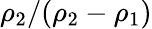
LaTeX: \rho_{2}/(\rho_{2}-\rho_{1})